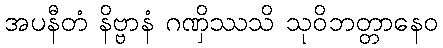
အပနီတံ နိဗ္ဗာနံ ဂဏှိဿသိ သုဝိဘတ္တာနေဝ